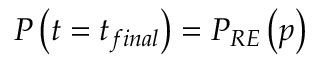
P \left( t = t _ { f i n a l } \right) = P _ { R E } \left( p \right)